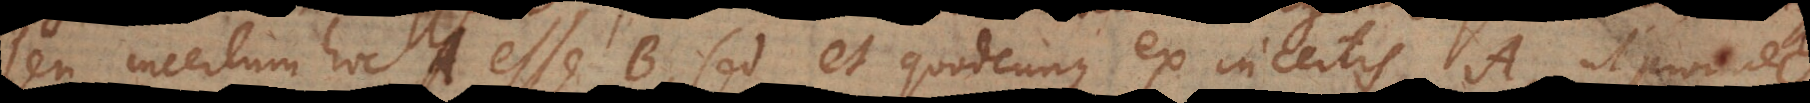
seu incertum hoc A esse B, sed et quodcunque ex incertis A, ut proinde